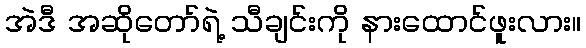
အဲဒီ အဆိုတော်ရဲ့ သီချင်းကို နားထောင်ဖူးလား။